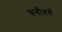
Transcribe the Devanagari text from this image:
घनीवर्ग